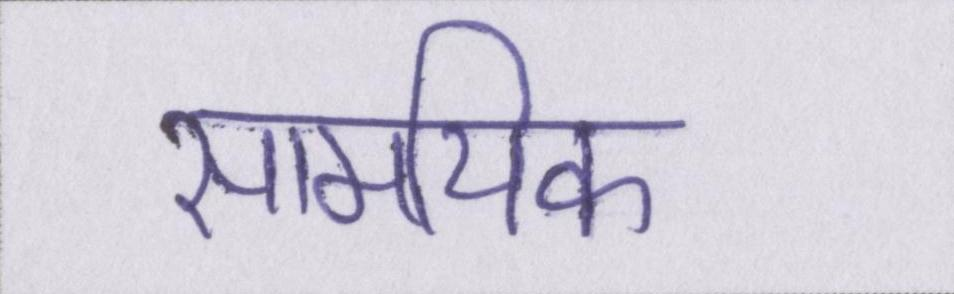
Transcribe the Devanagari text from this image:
सामयिक